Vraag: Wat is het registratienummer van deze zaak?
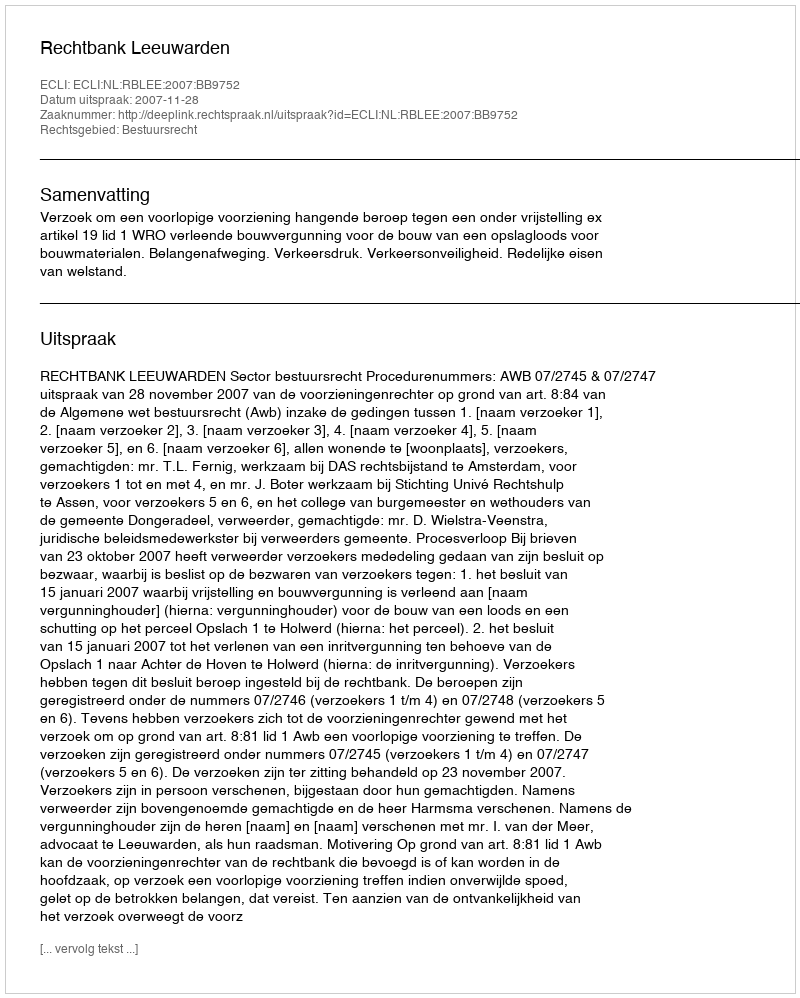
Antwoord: http://deeplink.rechtspraak.nl/uitspraak?id=ECLI:NL:RBLEE:2007:BB9752